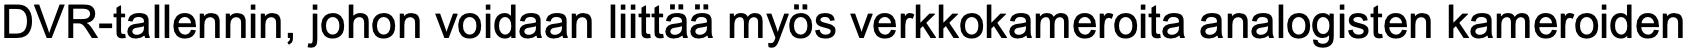
DVR-tallennin, johon voidaan liittää myös verkkokameroita analogisten kameroiden